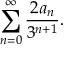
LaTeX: \sum _ { n = 0 } ^ { \infty } { \frac { 2 a _ { n } } { 3 ^ { n + 1 } } } .